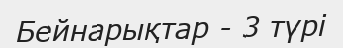
Бейнарықтар - 3 түрі